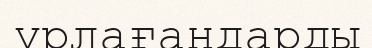
ұрлағандарды